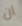
ان